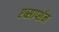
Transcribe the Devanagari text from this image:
एब्सार्प्शन